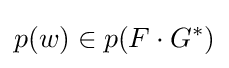
p(w)\in p(F\cdot G^{*})